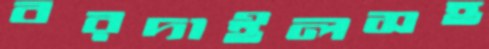
বরদাইলসহ